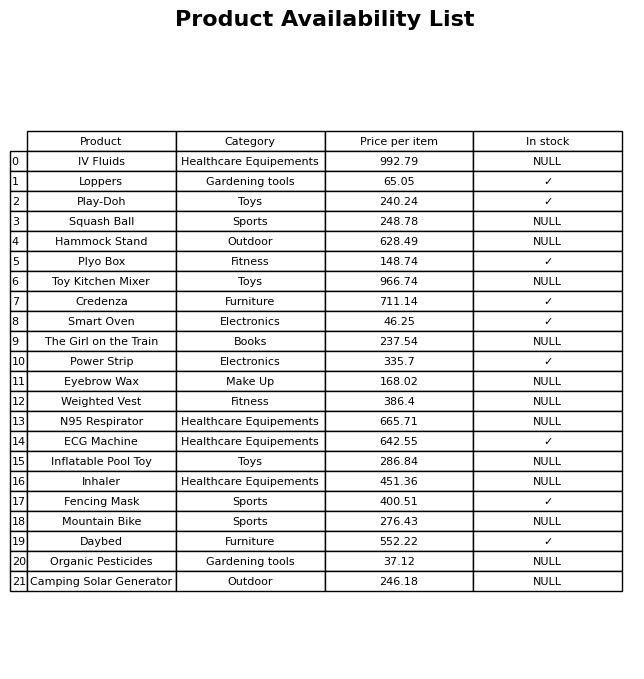
question: What is the price of the IV Fluids?
answer: The price of IV Fluids is 992.79.